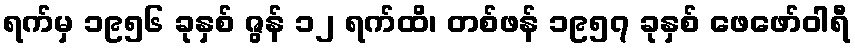
ရက်မှ ၁၉၅၆ ခုနှစ် ဇွန် ၁၂ ရက်ထိ၊ တစ်ဖန် ၁၉၅၇ ခုနှစ် ဖေဖော်ဝါရီ